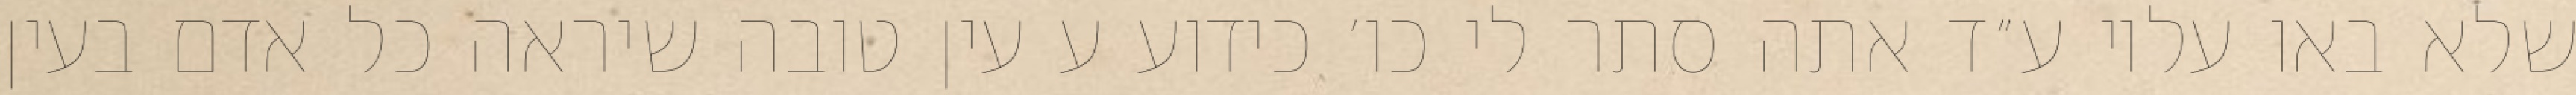
שלא באו עליו ע״ד אתה סתר לי כו׳ כידוע ע עין טובה שיראה כל אדם בעין